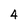
Character: 4